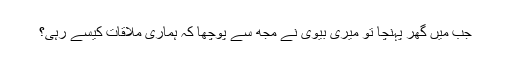
جب میں گھر پہنچا تو میری بیوی نے مجھ سے پوچھا کہ ہماری ملاقات کیسے رہی؟